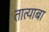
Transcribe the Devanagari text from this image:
तात्याबा